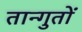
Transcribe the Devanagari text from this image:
तान्गुतों